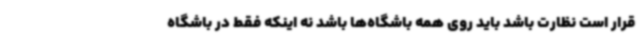
قرار است نظارت باشد باید روی همه باشگاه‌ها باشد نه اینکه فقط در باشگاه